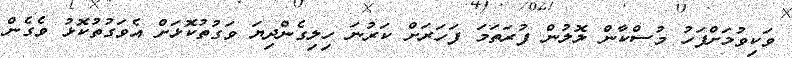
ވަކިވުމަށްފަހު މުސްކާން ލޮލުން ފުރަތަމަ ފަހަރަށް ކަރުނަ ހިލިގެންދިޔަ ވަގުތުކޮޅަށް އެވަގުތުކޮޅު ވެގެން